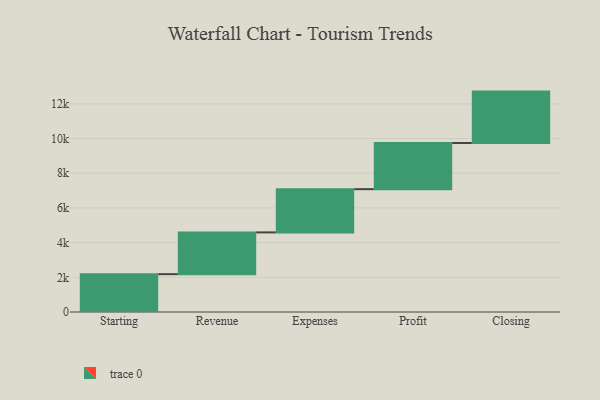
{"axis": {"x": "Step", "y": "Value"}, "legend": [""], "data": [{"x": "Starting", "y": 2181.0, "type": ""}, {"x": "Revenue", "y": 2407.0, "type": ""}, {"x": "Expenses", "y": 2493.0, "type": ""}, {"x": "Profit", "y": 2661.0, "type": ""}, {"x": "Closing", "y": 2962.0, "type": ""}]}